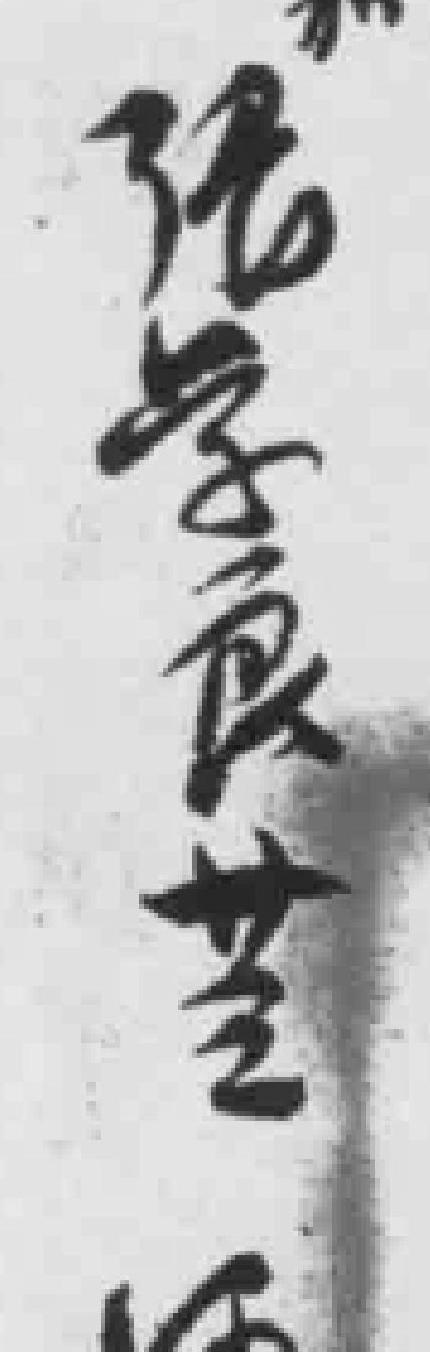
張学良廿三